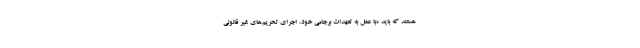
هستند که باید «با عمل به تعهدات برجامی خود، اجرای تحریم‌های غیر قانونی